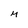
Character: M